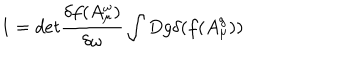
LaTeX: 1 = d e t \frac { \delta f ( A _ { \mu } ^ { \omega } ) } { \delta \omega } \int D g \delta ( f ( A _ { \mu } ^ { g } ) )